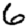
Digit: 6